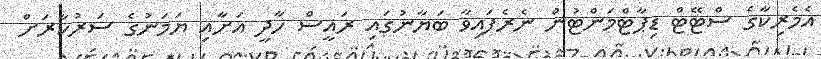
އެމެރިކާގެ ސްޓޭޓް ޑިޕާޓްމަންޓުން ނެރެފައިވާ ބަޔާނުގައި ރައީސް ހާދީ އަށާއި ޔަމަނުގެ ސަރުކާރަށް